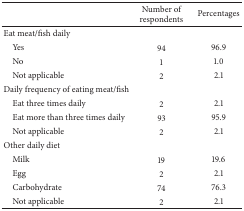
<table><thead><tr><td><b> </b></td><td><b>Number of respondents </b></td><td><b>Percentages </b></td></tr></thead><tbody><tr><td>Eat meat/fish daily</td><td> </td><td> </td></tr><tr><td> Yes</td><td>94</td><td>96.9</td></tr><tr><td> No</td><td>1</td><td>1.0</td></tr><tr><td> Not applicable</td><td>2</td><td>2.1</td></tr><tr><td>Daily frequency of eating meat/fish </td><td> </td><td> </td></tr><tr><td> Eat three times daily </td><td>2</td><td>2.1</td></tr><tr><td> Eat more than three times daily</td><td>93</td><td>95.9</td></tr><tr><td> Not applicable</td><td>2</td><td>2.1</td></tr><tr><td>Other daily diet </td><td> </td><td> </td></tr><tr><td> Milk</td><td>19</td><td>19.6</td></tr><tr><td> Egg</td><td>2</td><td>2.1</td></tr><tr><td> Carbohydrate</td><td>74</td><td>76.3</td></tr><tr><td> Not applicable</td><td>2</td><td>2.1</td></tr></tbody></table>